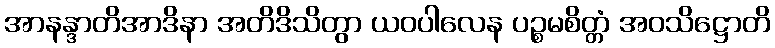
အာနန္ဒာတိအာဒိနာ အတိဒိသိတွာ ယဝပါလေန ပဉ္စမစိတ္တံ အဝသိဋ္ဌောတိ